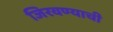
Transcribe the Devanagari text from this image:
जिरवण्याची